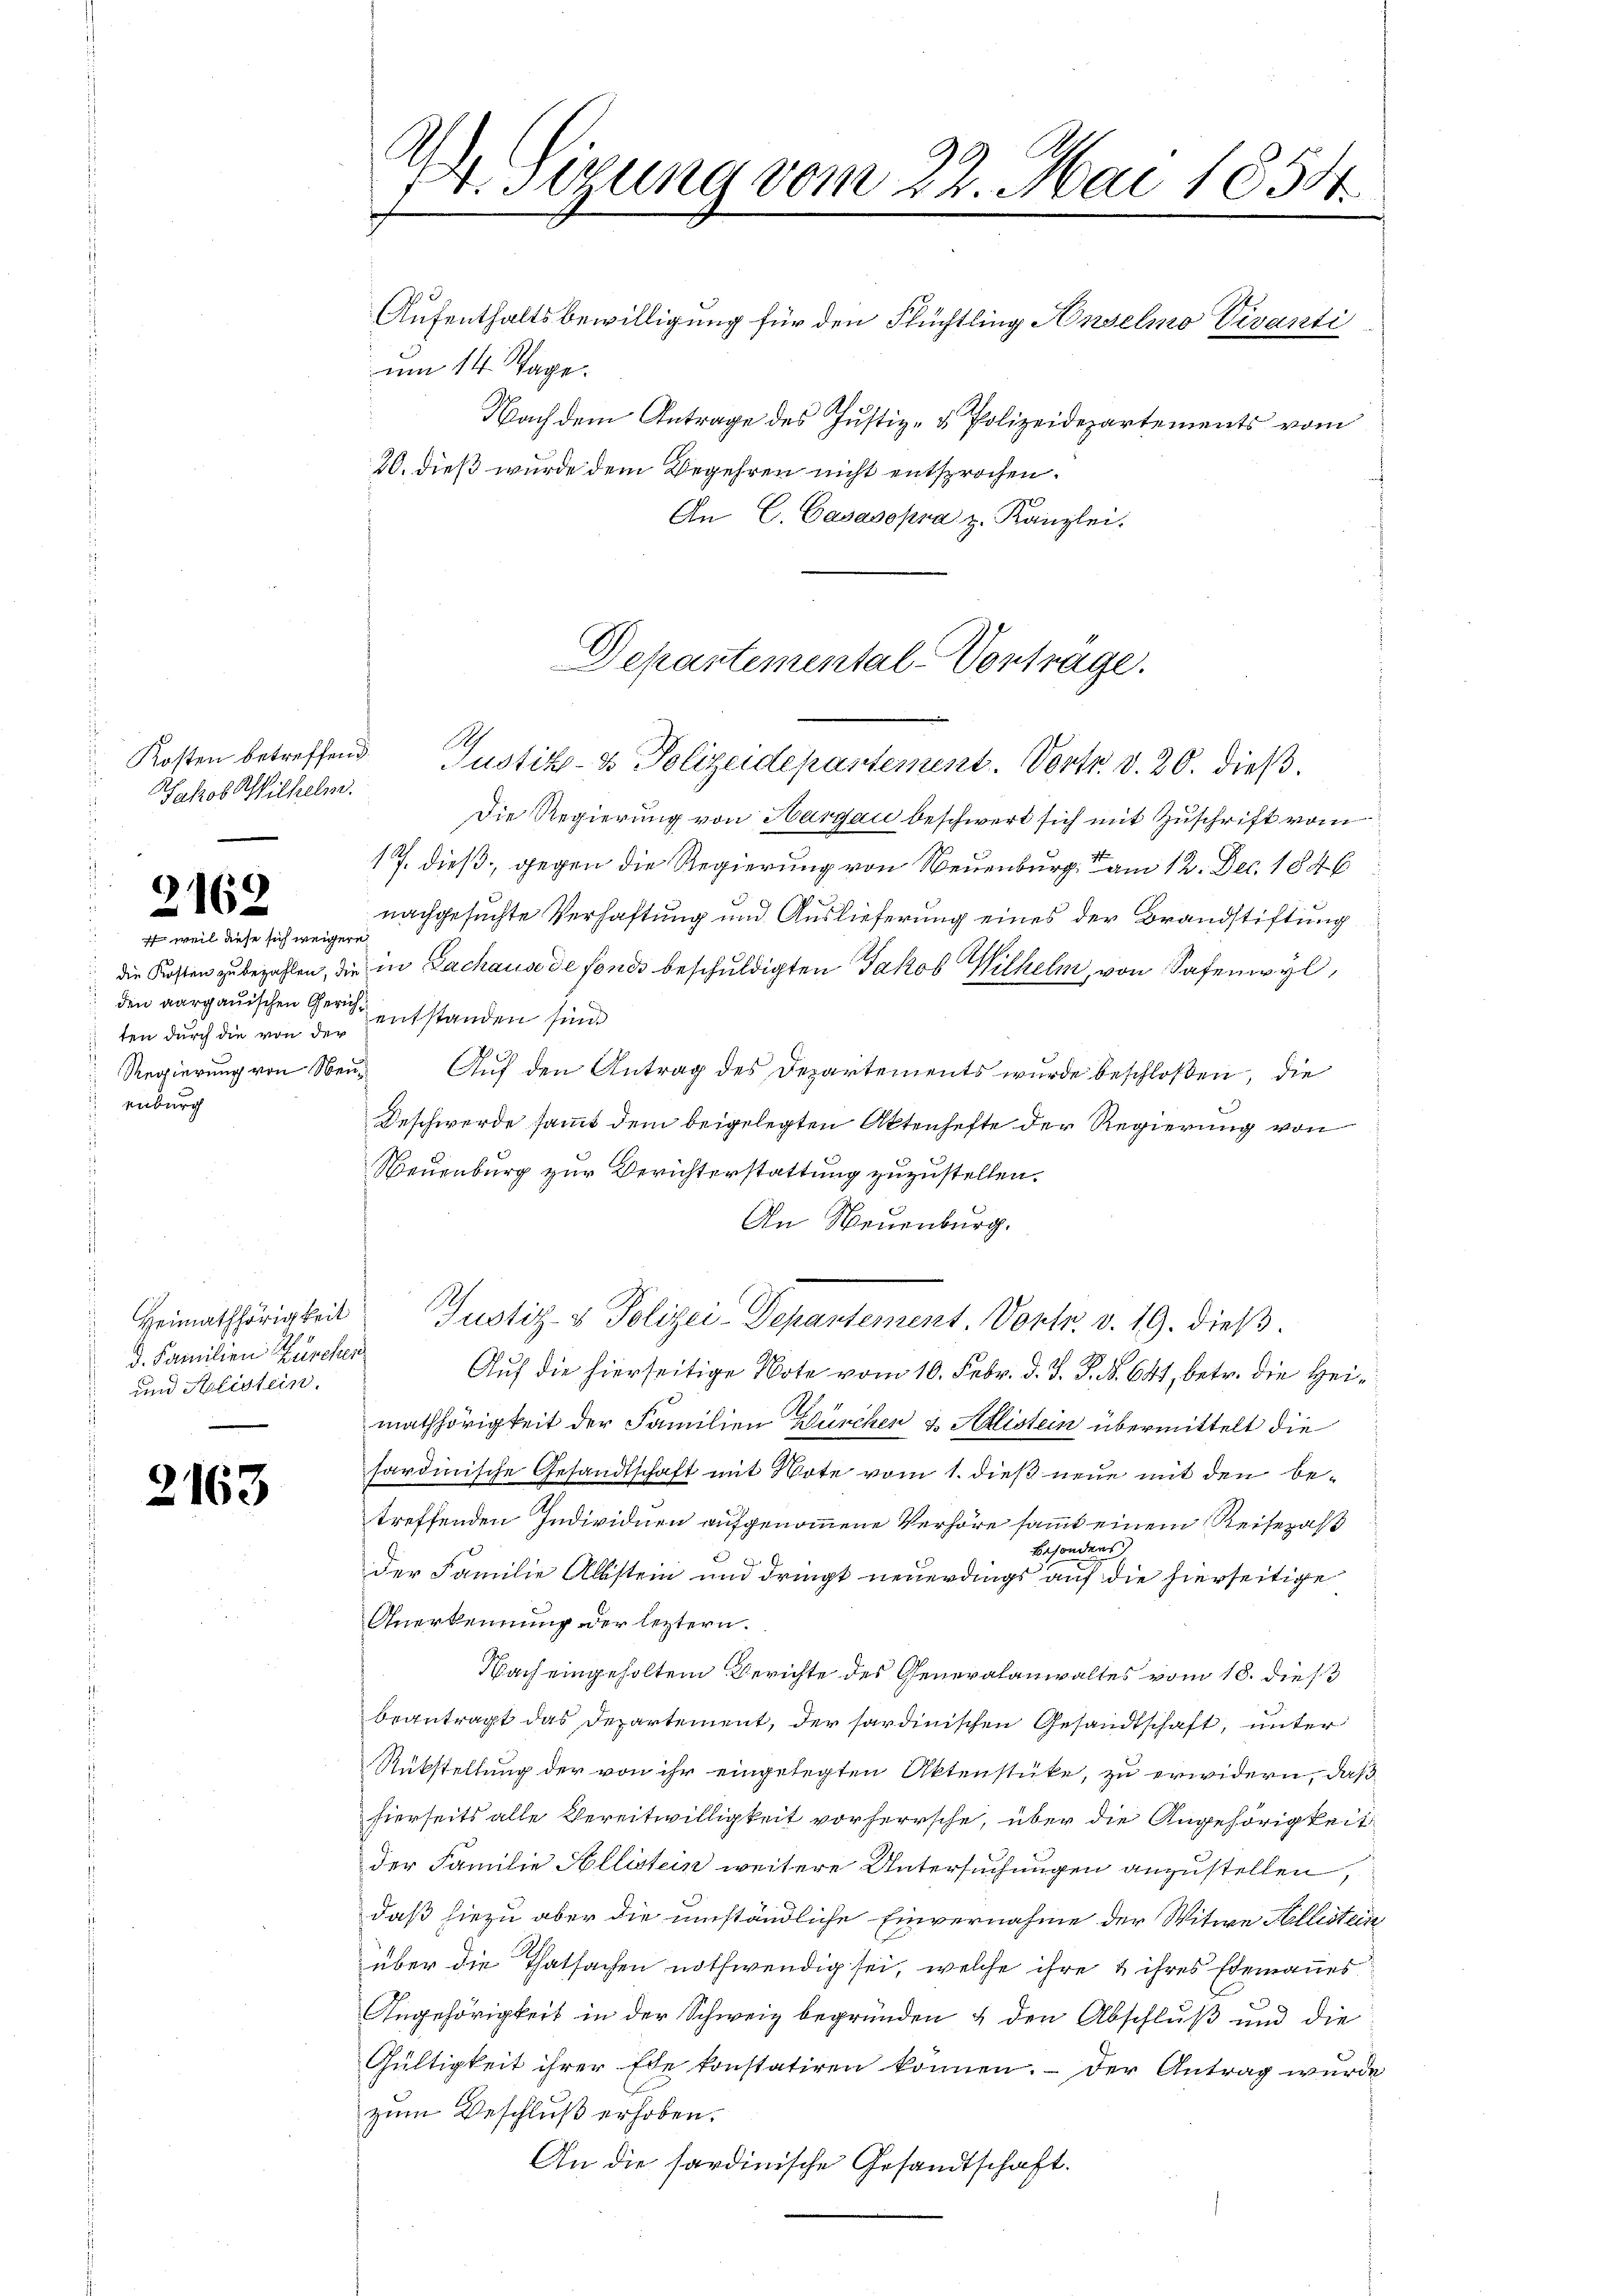
Kosten betreffend.
Jakob Wilhelm.

)
2162
 weil diese sich weigere

den aargauischen Gerichten durch die von der
Regierung von Neuenburg

Heimathörigkeit
d. Familien Zürchen
und Alistein.

2163

Die Regierung von Aargau beschwert sich mit Zuschrift vom
17. dieß, gegen die Regierung von Neuenburg am 12. Dec. 1846
nachgesuchte Verhaftung und Auslieferung eines der Brandstiftung
die Kosten zu bezahlen, die in Zachause de fonds beschuldigten Jakob Wilhelm, von Safenwyl,
entstanden sind.
Auf den Antrag des Departements wurde beschloßen, die
Deschwerde sammt dem beigelegten Aktenhefte der Regierung von
Neuenburg zur Berichterstattung zuzustellen.
An Neuenburg.
Justiz- & Polizei-Departement. Vortr. v. 19. dieß.
Auf die hierseitige Note vom 10. Febr. d. J. P. Nr. 641, betr. die Heimathörigkeit der Familien Bürchen & Adlistein übermittelt die
sardinische Gesandtschaft mit Note vom 1. dieß neue mit den betreffenden Individuen aufgenommene Verhöre sammt einem Reisezahl
besonders
der Familie Abstein und dringt neuerdings auf die hierseitige
Anerkennung der leztern.
Nach eingeholten Berichte des Generalanwaltes vom 18. dieß
beantragt das Departement, der sardinischen Gesandtschaft, unter
Rükstellung der von ihr eingelegten Aktenstücke, zu erwidern, daß
hierseits alle Bereitwilligkeit vorherrsche, über die Angehörigkeit
der Familie Pollistein weitere Untersuchungen anzustellen,
daß hiezu aber die umständliche Einvernahme der Witwe Keillistein
über die Thatsachen nothwendig sei, welche ihre & ihres Ehemannes
c
Angehörigkeit in der Schweiz begründen, & den Abschluß und die
Gültigkeit ihrer Ehe konstatiren können. - Der Antrag wurde
zum Beschluß erhoben.
An die sardinische Gesandtschaft.

A Sirung vom 22. Mai 1854.
E
Aufenthaltsbewilligung für den Flüchtling Anselmo Vivanti
um 14. Tage.

Nach dem Antrage des Justiz- & Polizeidepartements vom
20. dieß wurde dem Begehren nicht entsprochen.
An C. Casasopra z. Kanzlei.

Departemental-Vortrage.
A
Justiz- & Polizeidepartement. Vortr. d. 20. dieß.